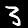
Digit: 3